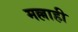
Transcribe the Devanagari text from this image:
मल्लाही